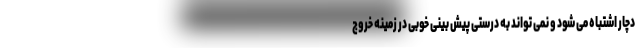
دچار اشتباه می شود و نمی تواند به درستی پیش بینی خوبی در زمینه خروج